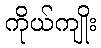
ကိုယ်ကျိုး